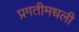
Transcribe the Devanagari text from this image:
प्रगतीमधली